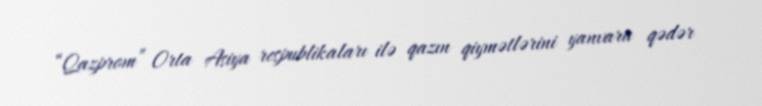
“Qazprom” Orta Asiya respublikaları ilə qazın qiymətlərini yanvara qədər